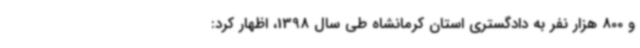
و 800 هزار نفر به دادگستری استان کرمانشاه طی سال 1398، اظهار کرد: